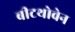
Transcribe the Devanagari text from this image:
बीटथोवेन